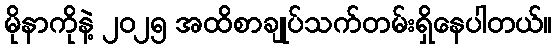
မိုနာကိုနဲ့ ၂၀၂၅ အထိစာချုပ်သက်တမ်းရှိနေပါတယ်။